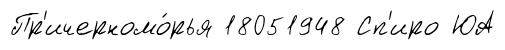
Пр'ичерномо́рья 18051948 Сп'иро ЮА